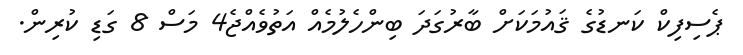
ޕެސިފިކް ކަނޑުގެ ޤައުމަކަށް ބާރުގަދަ ބިންހެލުމެއް އަތުވެއްޖެ4 މަސް 8 ގަޑި ކުރިން.